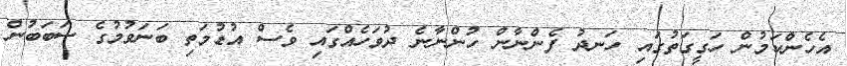
އެހެންކަމުން ހަގީގަތުގައި ހަނދު ފެންނާން ހުންނާނެ ދުވަހެއްގައި ވެސް އުޑުމަތި ބަނަވުމުގެ ސަބަބުން